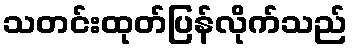
သတင်းထုတ်ပြန်လိုက်သည်